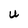
Character: U